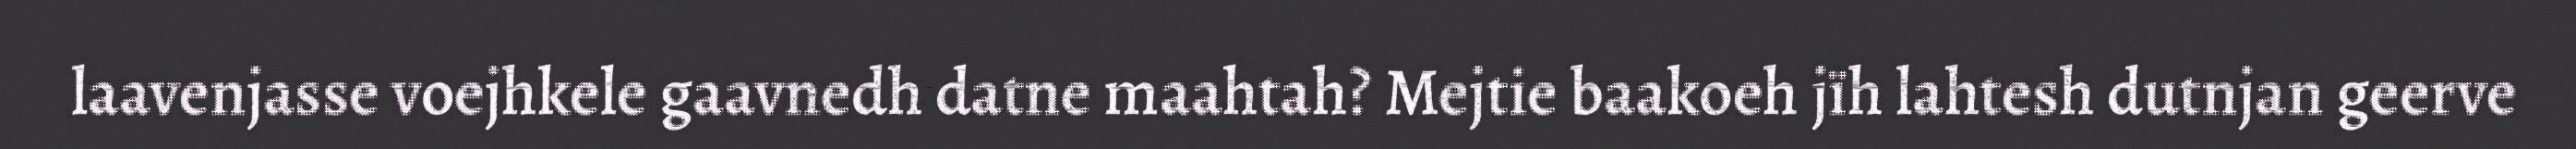
laavenjasse voejhkele gaavnedh datne maahtah? Mejtie baakoeh jïh lahtesh dutnjan geerve